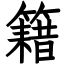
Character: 籍